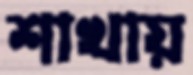
শাখায়